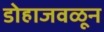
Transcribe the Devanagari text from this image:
डोहाजवळून